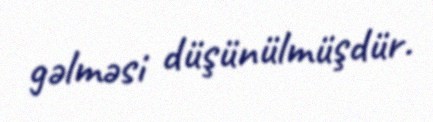
gəlməsi düşünülmüşdür.